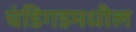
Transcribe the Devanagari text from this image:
चंडिगडमधील